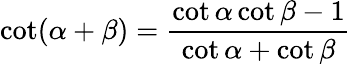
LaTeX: \cot(\alpha+\beta)={\frac{\cot\alpha\cot\beta-1}{\cot\alpha+\cot\beta}}